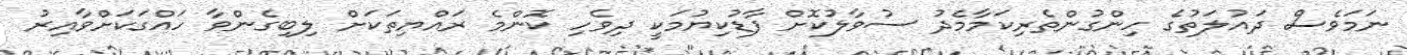
ނަމަވެސް ދައުލަތުގެ ހިންގުންތެރިކަމާމެދު ސުވާލުކޮށް ފާޑުކިޔުމަކީ ދިވެހި ކޮންމެ ރައްޔިތަކަށް ލިބިގެންވާ ހައްގަކަށްވާއިރު